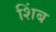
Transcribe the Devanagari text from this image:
शिंब